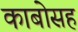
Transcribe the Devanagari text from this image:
काबोसह